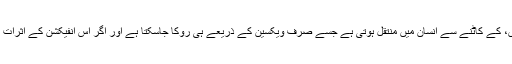
’’ریبیز‘‘ ایک مہلک بیماری ہے جو ریبیز سے متاثرہ جانور، جو زیادہ تر کتے ہوتے ہیں، کے کاٹنے سے انسان میں منتقل ہوتی ہے جسے صرف ویکسین کے ذریعے ہی روکا جاسکتا ہے اور اگر اس انفیکشن کے اثرات پوری طرح نمایاں ہوجائیں تو یہ مرض لاعلاج ہو جاتا ہے اور موت واقعے ہوجاتی ہے۔